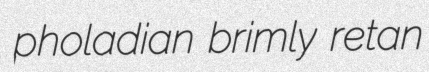
pholadian brimly retan